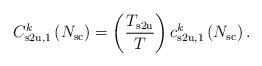
LaTeX: \begin{align*}C^k_{\mathrm{s2u},1}\left( N_{\mathrm{sc}} \right) = \left(\frac{T_{\mathrm{s2u}}}{T}\right) c^k_{\mathrm{s2u},1}\left( N_{\mathrm{sc}} \right).\end{align*}